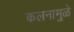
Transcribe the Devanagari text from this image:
कलनामुळे